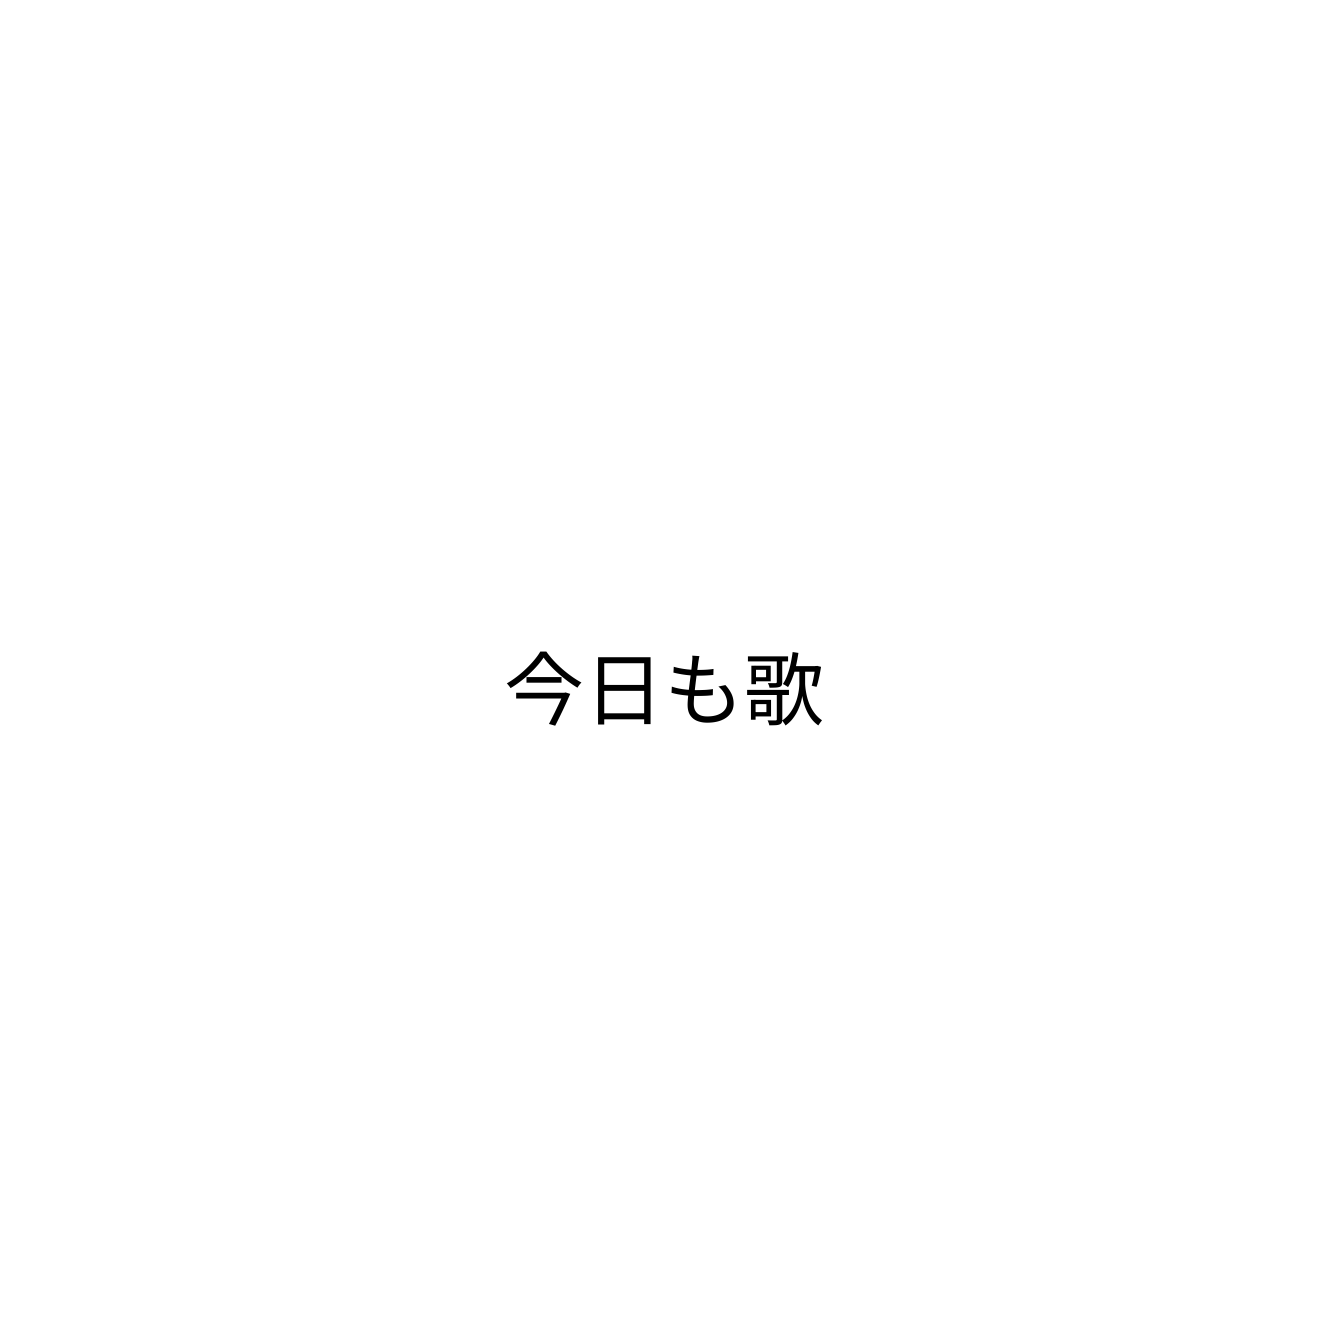
今日も歌